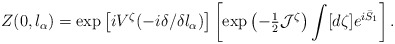
\begin{align*}Z(0,l_{\alpha})=\exp\left[iV^{\zeta}(-i\delta/\delta l_{\alpha})\right]\left[\exp\left(-{\textstyle{1\over 2}}{\cal J}^{\zeta}\right)\int[d\zeta]e^{i\bar{S}_1}\right].\end{align*}